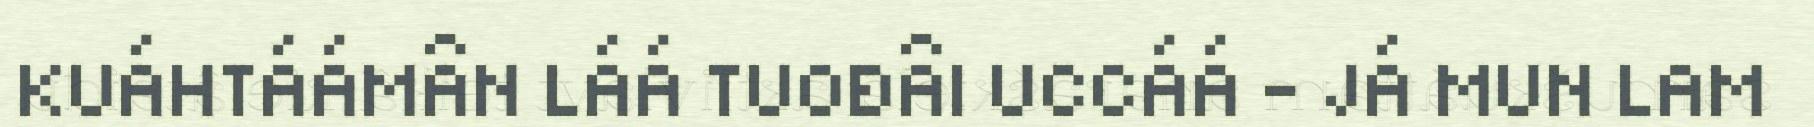
KUÁHTÁÁMÂN LÁÁ TUOĐÂI UCCÁÁ – JÁ MUN LAM